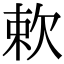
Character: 欶